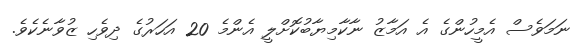
ނަމަވެސް އެމީހުންގެ އެ އަމާޒު ނާކާމިޔާބުކޮށްލީ އެންމެ 20 އަހަރުގެ ދިވެހި ޒުވާނެކެވެ.